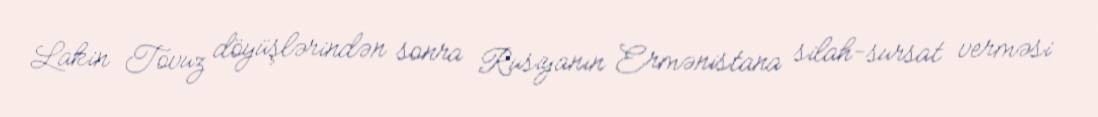
Lakin Tovuz döyüşlərindən sonra Rusiyanın Ermənistana silah-sursat verməsi